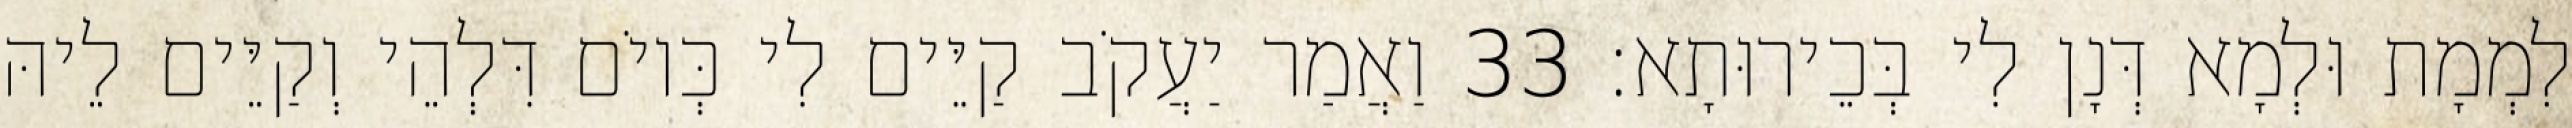
לִמְמָת וּלְמָא דְּנָן לִי בְּכֵירוּתָא׃ 33 וַאֲמַר יַעֲקֹב קַיֵּים לִי כְּיוֹם דִּלְהֵי וְקַיֵּים לֵיהּ